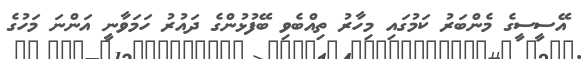
އޭސީސީގެ މެންބަރު ކަމުގައި މިހާރު ތިއްބެވި ބޭފުޅުންގެ ދައުރު ހަމަވާނީ އަންނަ މަހުގެ